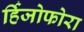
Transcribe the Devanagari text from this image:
र्हिजोफोरा